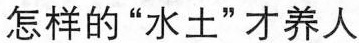
怎样的“水土”才养人